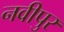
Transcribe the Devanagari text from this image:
नवीपुर